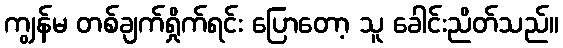
ကျွန်မ တစ်ချက်ရှိုက်ရင်း ပြောတော့ သူ ခေါင်းညိတ်သည်။